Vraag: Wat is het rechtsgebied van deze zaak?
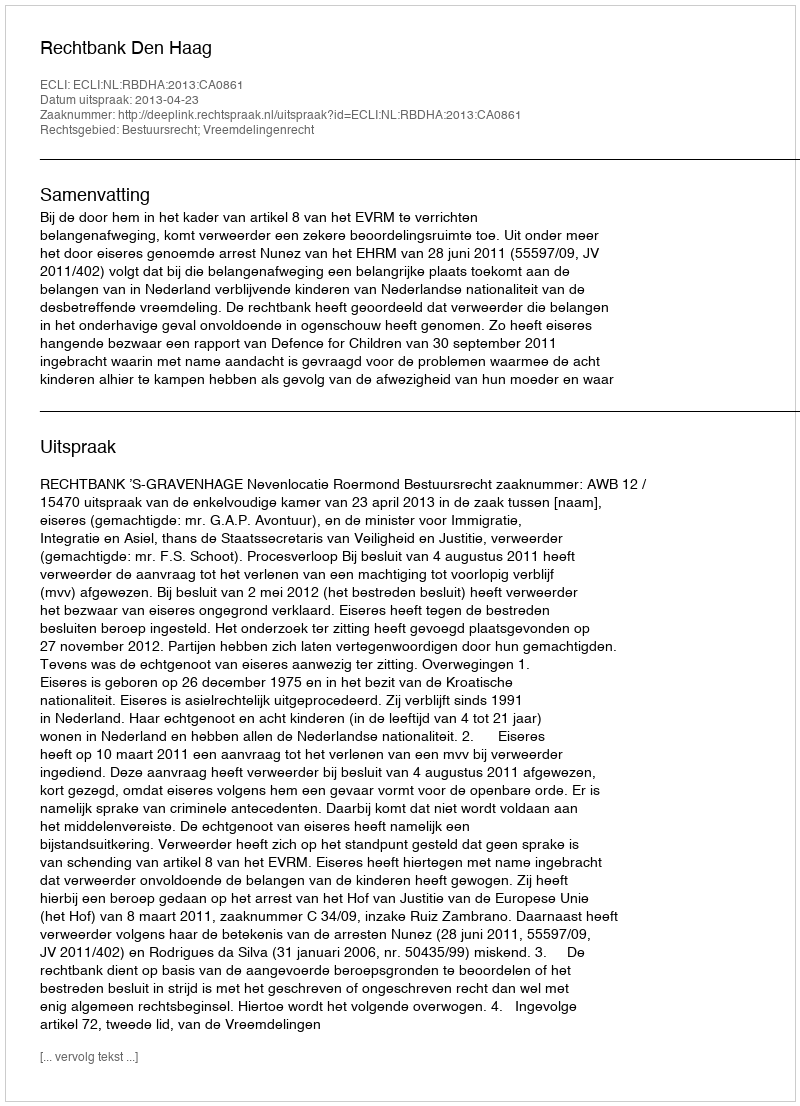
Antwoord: Bestuursrecht; Vreemdelingenrecht